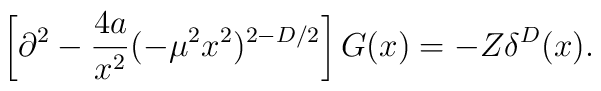
\left[ \partial ^2-\frac{4a}{x^2}(-\mu ^2x^2)^{2-D/2}\right] G(x)=-Z\delta^D(x).